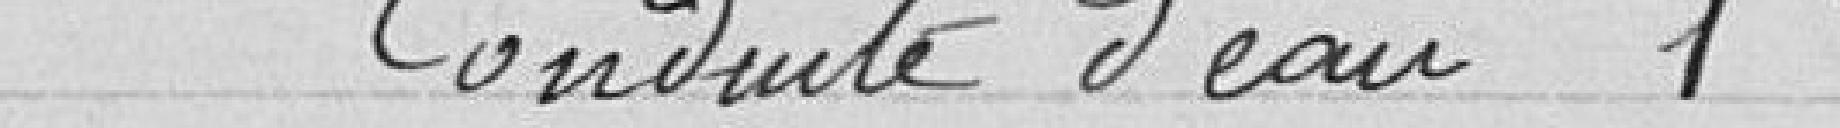
Conduit d'eau  1